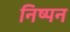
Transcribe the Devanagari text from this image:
निष्पन